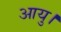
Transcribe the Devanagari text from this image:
आयु।